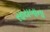
સાયબાના